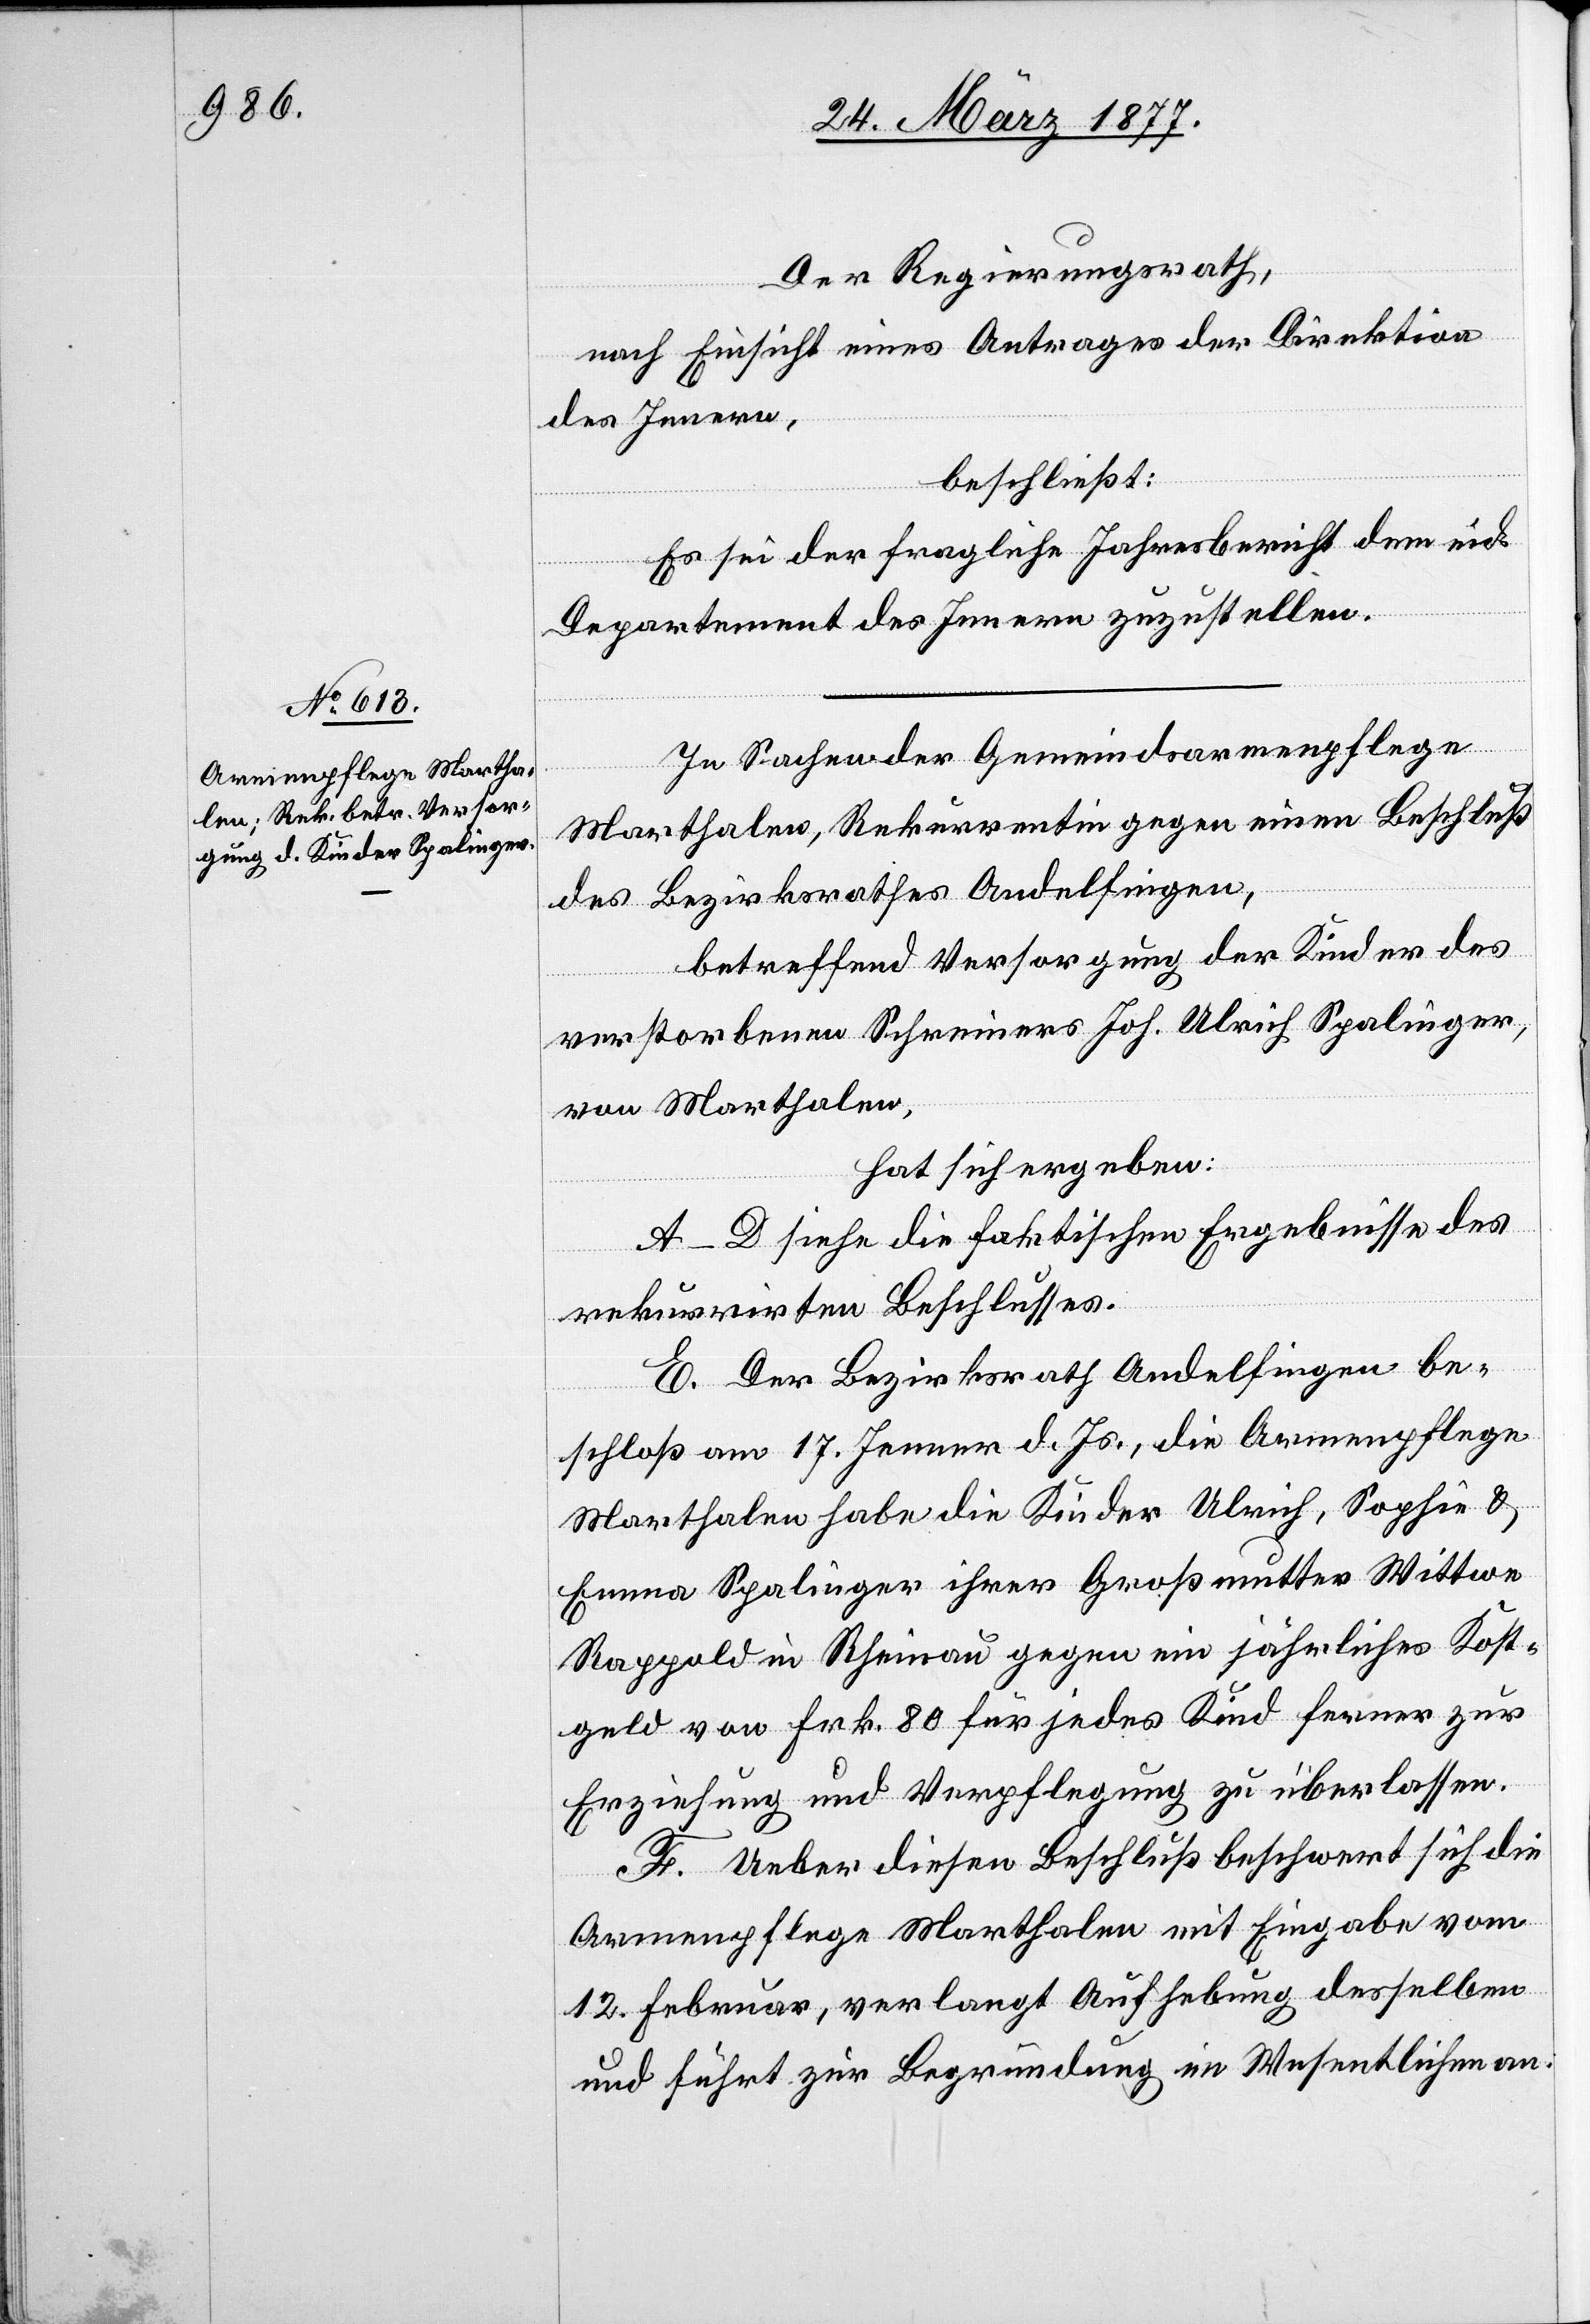
Der Regierungsrath,
nach Einsicht eines Antrages der Direktion
des Innern,
beschließt:
Es sei der fragliche Jahresbericht dem eid.
Departement des Innern zuzustellen.
In Sachen der Gemeindsarmenpflege
Marthalen, Rekurrentin gegen einen Beschluß
des Bezirksrathes Andelfingen,
betreffend Versorgung der Kinder des
verstorbenen Schreiners Joh. Ulrich Spalinger,
von Marthalen,
hat sich ergeben:
A–D siehe die faktischen Ergebnisse des
rekurrirten Beschlusses.
E. Der Bezirksrath Andelfingen be¬
schloß am 17. Jenner d. Js., die Armenpflege
Marthalen habe die Kinder Ulrich, Sophie &
Emma Spalinger ihrer Großmutter Wittwe
Rappold in Rheinau gegen ein jährliches Kost¬
geld von Frk. 80 für jedes Kind ferner zur
Erziehung und Verpflegung zu überlassen.
F. Ueber diesen Beschluß beschwert sich die
Armenpflege Marthalen mit Eingabe vom
12. Februar, verlangt Aufhebung desselben
und führt zur Begründung im Wesentlichen an: